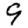
Digit: 9